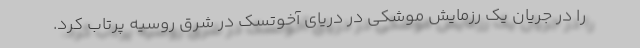
را در جریان یک رزمایش موشکی در دریای آخوتسک در شرق روسیه پرتاب کرد.